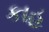
કાહૂ